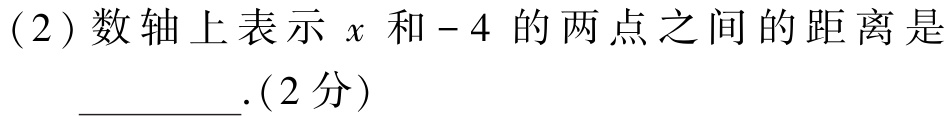
(2)数轴上表示\(x\)和\(-4\)的两点之间的距离是\(\underline{\quad\quad}\).(2分)